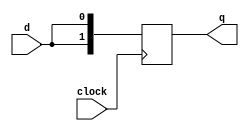
`timescale 1ns / 1ps
//////////////////////////////////////////////////////////////////////////////////
// Company: 
// Engineer: 
// 
// Design Name: 
// Module Name: shiftA
// Project Name: 
// Target Devices: 
// Tool Versions: 
// Description: 
// 
// Dependencies: 
// 
// Revision:
// Revision 0.01 - File Created
// Additional Comments:
// 
//////////////////////////////////////////////////////////////////////////////////


module shiftA(q,clock,d);
output [1:0] q;
input clock,d;
reg [1:0] q;

always @(posedge clock)
begin
    q[0]=d;
    q[1]=q[0];
end
endmodule